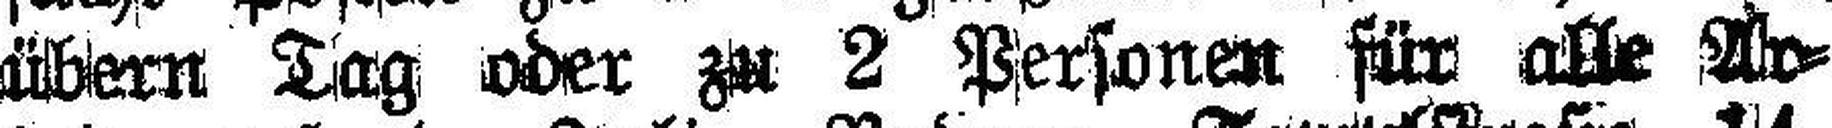
übern Tag oder zu 2 Personen für alle Ar¬